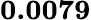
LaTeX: \mathbf{0.0079}